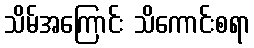
သိမ်အကြောင်း သိကောင်းစရာ